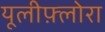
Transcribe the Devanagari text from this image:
यूलीफ़्लोरा